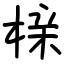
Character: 榇